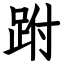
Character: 跗